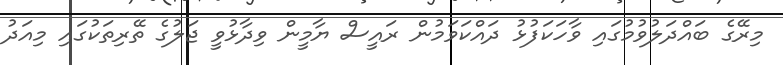
މިރޭގެ ބައްދަލުވުމުގައި ވާހަކަފުޅު ދައްކަވަމުން ރައީސް ޔާމީން ވިދާޅުވީ ޖަލުގެ ތޭރިތަކުގައި މިއަދު